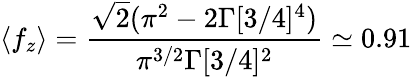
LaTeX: \langle f_{z}\rangle=\frac{\sqrt{2}(\pi^{2}-2\Gamma[3/4]^{4})}{\pi^{3/2}\Gamma[3/4]^{2}}\simeq 0.91